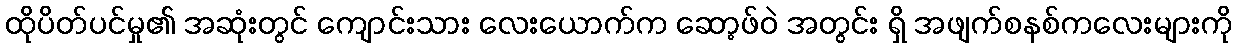
ထိုပိတ်ပင်မှု၏ အဆုံးတွင် ကျောင်းသား လေးယောက်က ဆော့ဖ်ဝဲ အတွင်း ရှိ အဖျက်စနစ်ကလေးများကို